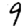
Digit: 9